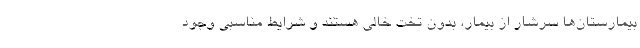
بیمارستان‌ها سرشار از بیمار، بدون تخت خالی هستند و شرایط مناسبی وجود